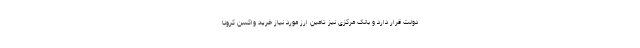
دولت قرار دارد و بانک مرکزی نیز تامین ارز مورد نیاز خرید واکسن کرونا